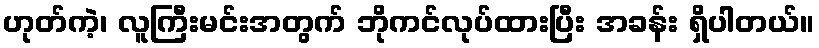
ဟုတ်ကဲ့၊ လူကြီးမင်းအတွက် ဘိုကင်လုပ်ထားပြီး အခန်း ရှိပါတယ်။